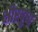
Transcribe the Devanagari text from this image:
क्षीरपुष्प